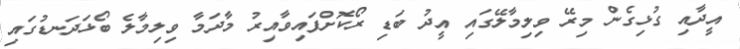
އީދާއި ގުޅިގެން މިރޭ ވިލިމާލޭގައި އީދު ބަޑި ރޯކޮށްފައިވާއިރު މާދަމާ ވިލިމާލެ ބޯޅަދަނޑުގައި